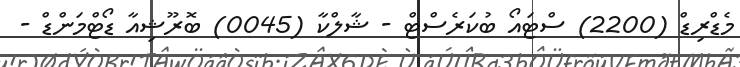
މެޑްރިޑް (2200) ސްޓައޯ ބުކަރެސްޓް - ޝާލްކާ (0045) ބޮރޫޝިއާ ޑޯޓްމަންޑް -